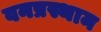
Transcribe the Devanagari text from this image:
वनप्रस्थाम